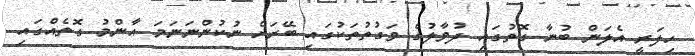
ހިލަރީ އެލަން ބުނާ ގޮތުގައި ދުވާލުގެ ވަގުތުތަކުގައި ބޭރަށް ނުކުންނަނަމަ އާންމު ގޮތެއްގައި